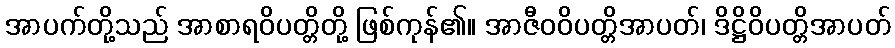
အာပက်တို့သည် အာစာရဝိပတ္တိတို့ ဖြစ်ကုန်၏။ အာဇီဝဝိပတ္တိအာပတ်၊ ဒိဋ္ဌိဝိပတ္တိအာပတ်